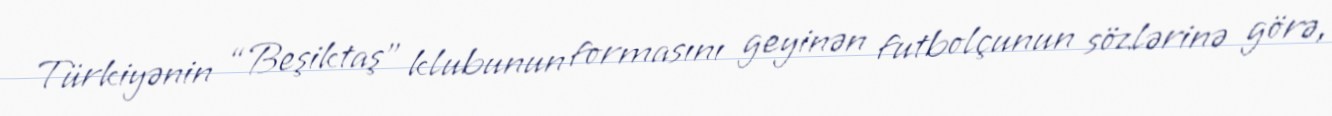
Türkiyənin “Beşiktaş” klubunun formasını geyinən futbolçunun sözlərinə görə,